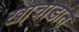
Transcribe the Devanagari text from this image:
खाचाडात